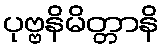
ပုဗ္ဗနိမိတ္တာနိ